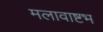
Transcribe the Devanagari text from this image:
मलावाष्टभ